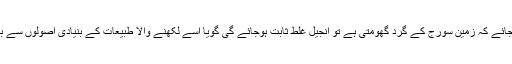
اگر یہ ثابت ہوجائے کہ زمین سورج کے گرد گھومتی ہے تو انجیل غلط ثابت ہوجائے گی گویا اسے لکھنے والا طبیعات کے بنیادی اصولوں سے بھی واقف نہیں ۔